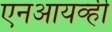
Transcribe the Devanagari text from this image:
एनआयव्ही